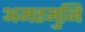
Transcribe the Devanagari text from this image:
अमरमुनि